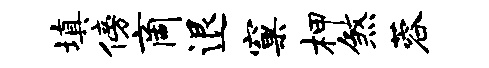
填傍商退窠柙煞蓉